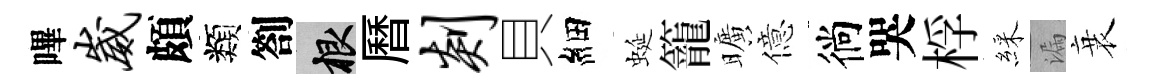
嗶崴頗類劄根曆剡貝細蜒籠曠億徜哭桴綵漏衰